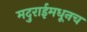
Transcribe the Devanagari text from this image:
मदुराईमधूनच